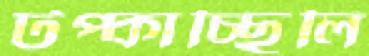
টপ্‌কাচ্ছিলি